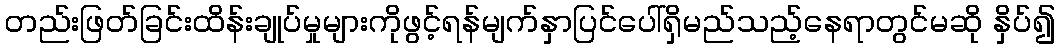
တည်းဖြတ်ခြင်းထိန်းချုပ်မှုများကိုဖွင့်ရန်မျက်နှာပြင်ပေါ်ရှိမည်သည့်နေရာတွင်မဆို နှိပ်၍